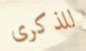
للذكرى